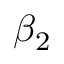
\beta _ { 2 }